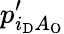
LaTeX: p_{i_{\mathrm{D}}A_{\mathrm{O}}}^{\prime}